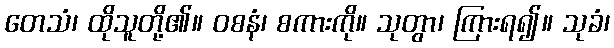
တေသံ၊ ထိုသူတို့၏။ ဝစနံ၊ စကားကို။ သုတွာ၊ ကြားရ၍။ သုခံ၊